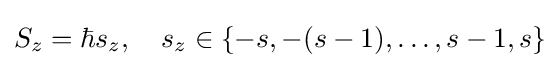
S_{z}=\hbar s_{z},\quad s_{z}\in \{-s,-(s-1),\dots ,s-1,s\}